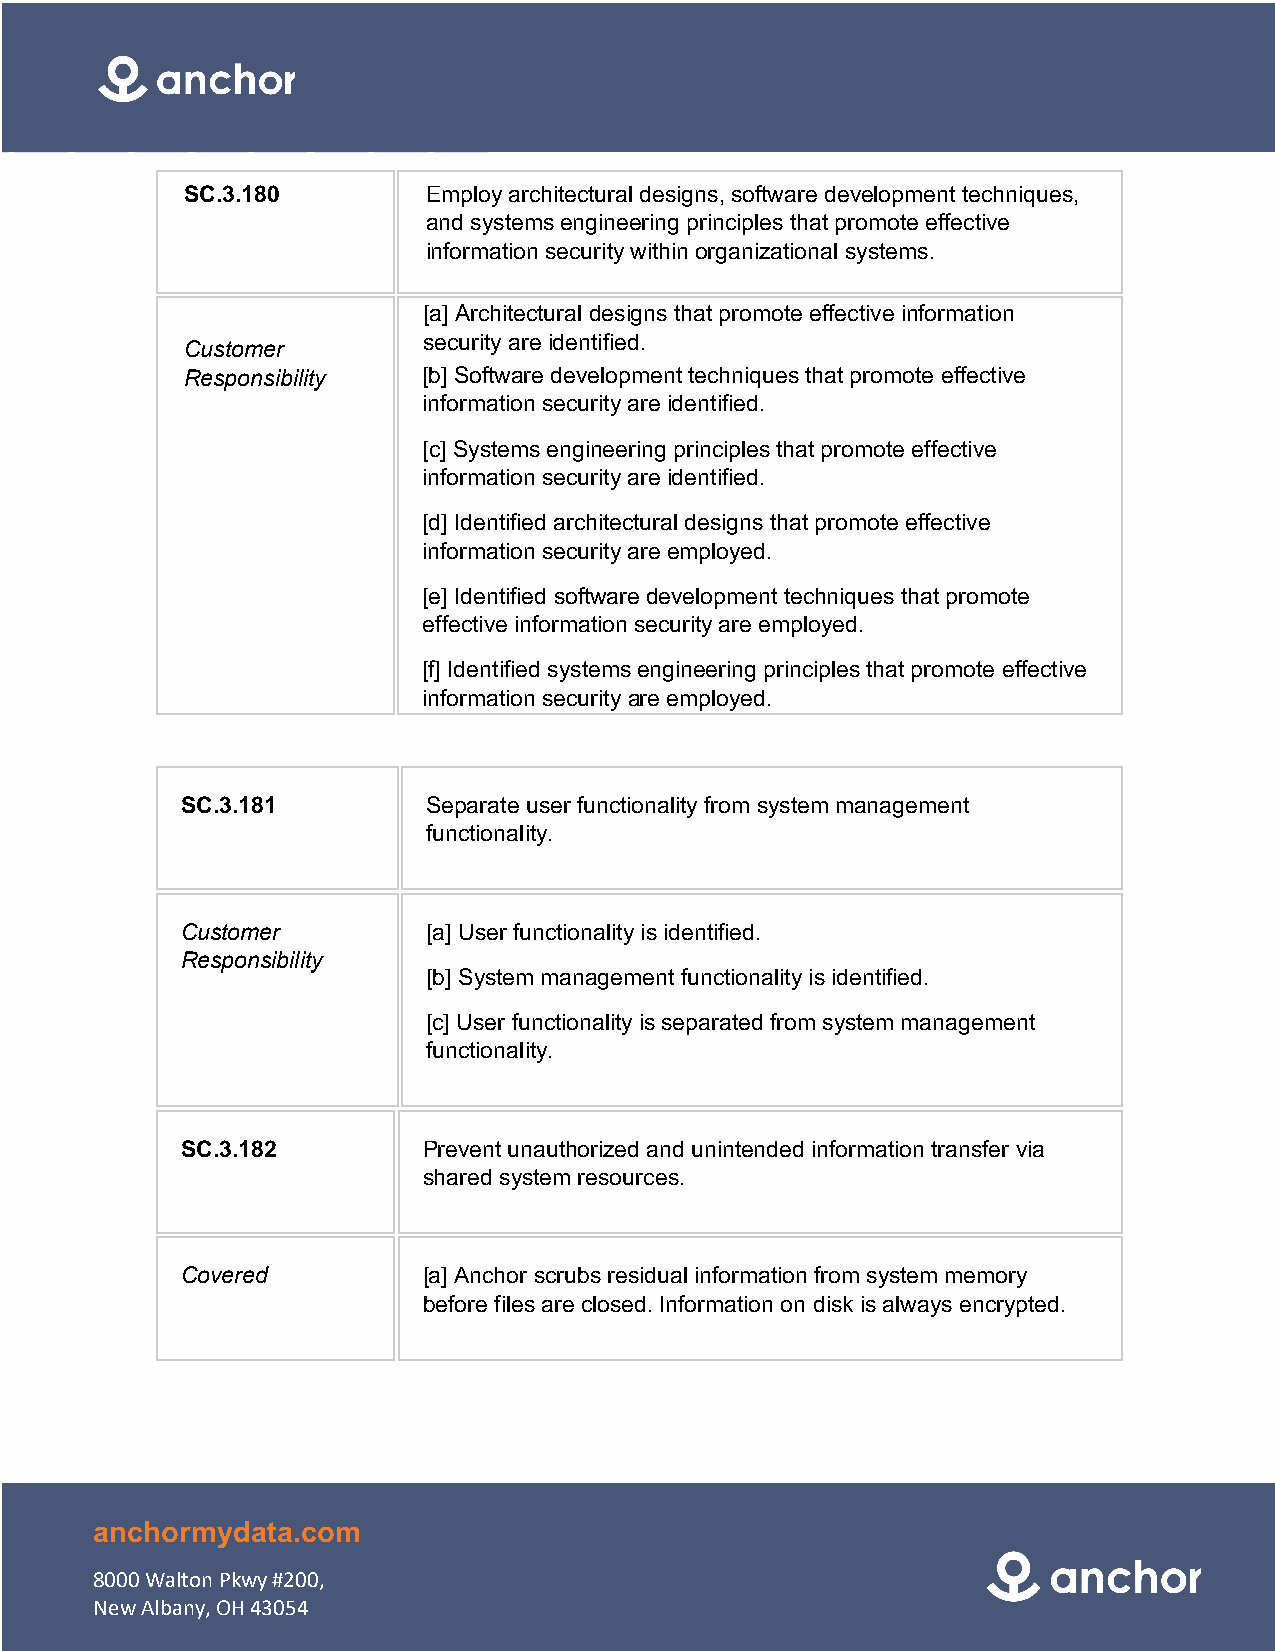
SC.3.180        Employ architectural designs, software development techniques,
 and systems engineering principles that promote effective
 information security within organizational systems.
 [a] Architectural designs that promote effective information
 security are identified.
 Customer
 Responsibility  [b] Software development techniques that promote effective
 information security are identified.
 [c] Systems engineering principles that promote effective
 information security are identified.
 [d] Identified architectural designs that promote effective
 information security are employed.
 [e] Identified software development techniques that promote
 effective information security are employed.
 [f] Identified systems engineering principles that promote effective
 information security are employed.
 SC.3.181        Separate user functionality from system management
 functionality.
 Customer        [a] User functionality is identified.
 Responsibility
 [b] System management functionality is identified.
 [c] User functionality is separated from system management
 functionality.
 SC.3.182        Prevent unauthorized and unintended information transfer via
 shared system resources.
 Covered         [a] Anchor scrubs residual information from system memory
 before files are closed. Information on disk is always encrypted.
 anchormydata.com
 8000 Walton Pkwy #200,
 New Albany, OH 43054